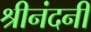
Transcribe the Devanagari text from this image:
श्रीनंदनी